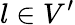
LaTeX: l\in V^{\prime}